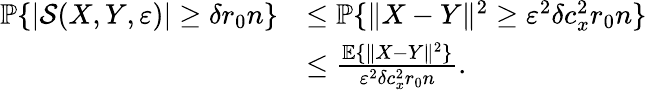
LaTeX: \begin{array}{rl}{\mathbb{P}\{ |\mathcal{S}(X,Y,\varepsilon)|\ge\delta r_{0}n\} }&{\le\mathbb{P}\{ \| X-Y\| ^{2}\ge\varepsilon^{2}\delta c_{x}^{2}r_{0}n\} }\\ &{\le\frac{\mathbb{E}\{ \| X-Y\| ^{2}\} }{\varepsilon^{2}\delta c_{x}^{2}r_{0}n}.}\end{array}